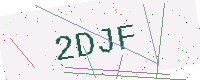
Text: 2DJF